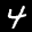
Label: 4